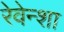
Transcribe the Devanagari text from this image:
रेवेन्शा